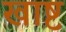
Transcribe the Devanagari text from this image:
खाष्ट